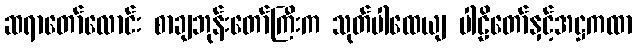
ဆရာတော်လောင်း စာချဘုန်းတော်ကြီးက သုတ်ပါထေယျ ပါဠိတော်နှင့်အဋ္ဌကထာ